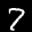
Label: 7